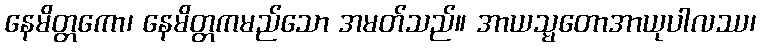
နေမိတ္တကော၊ နေမိတ္တကမည်သော အမတ်သည်။ အာယသ္မတောအာယုပါလဿ၊